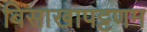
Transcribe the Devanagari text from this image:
विसाखापट्टणम